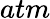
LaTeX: atm